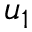
u _ { 1 }